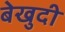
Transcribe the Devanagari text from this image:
बेखुदी